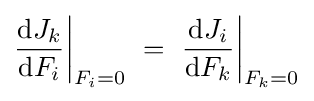
{\frac {\mathrm {d} J_{k}}{\mathrm {d} F_{i}}}{\bigg |}_{F_{i}=0}~=~{\frac {\mathrm {d} J_{i}}{\mathrm {d} F_{k}}}{\bigg |}_{F_{k}=0}